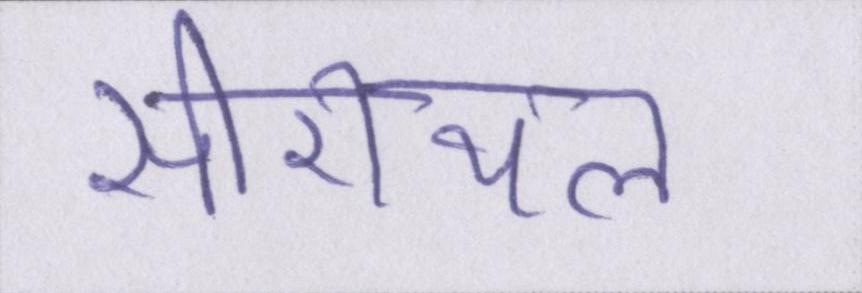
सीरीयल